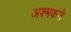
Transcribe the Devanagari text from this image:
अश्मकने